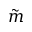
\tilde { m }